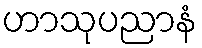
ဟာသုပညာနံ